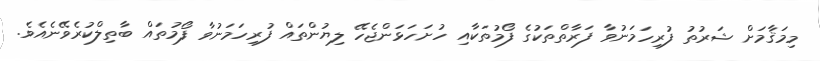
މިމަޤާމަށް ޝަރުތު ފުރިހަމަނުވާ ފަރާތްތަކުގެ ފޯމުތަކާއި ހުށަހަޅަންޖެހޭ ލިޔުންތައް ފުރިހަމަނުވާ ފޯމުތައް ބާތިލްކުރެވޭނެއެވެ.